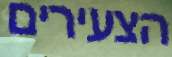
הצעירים